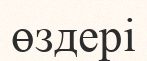
өздері